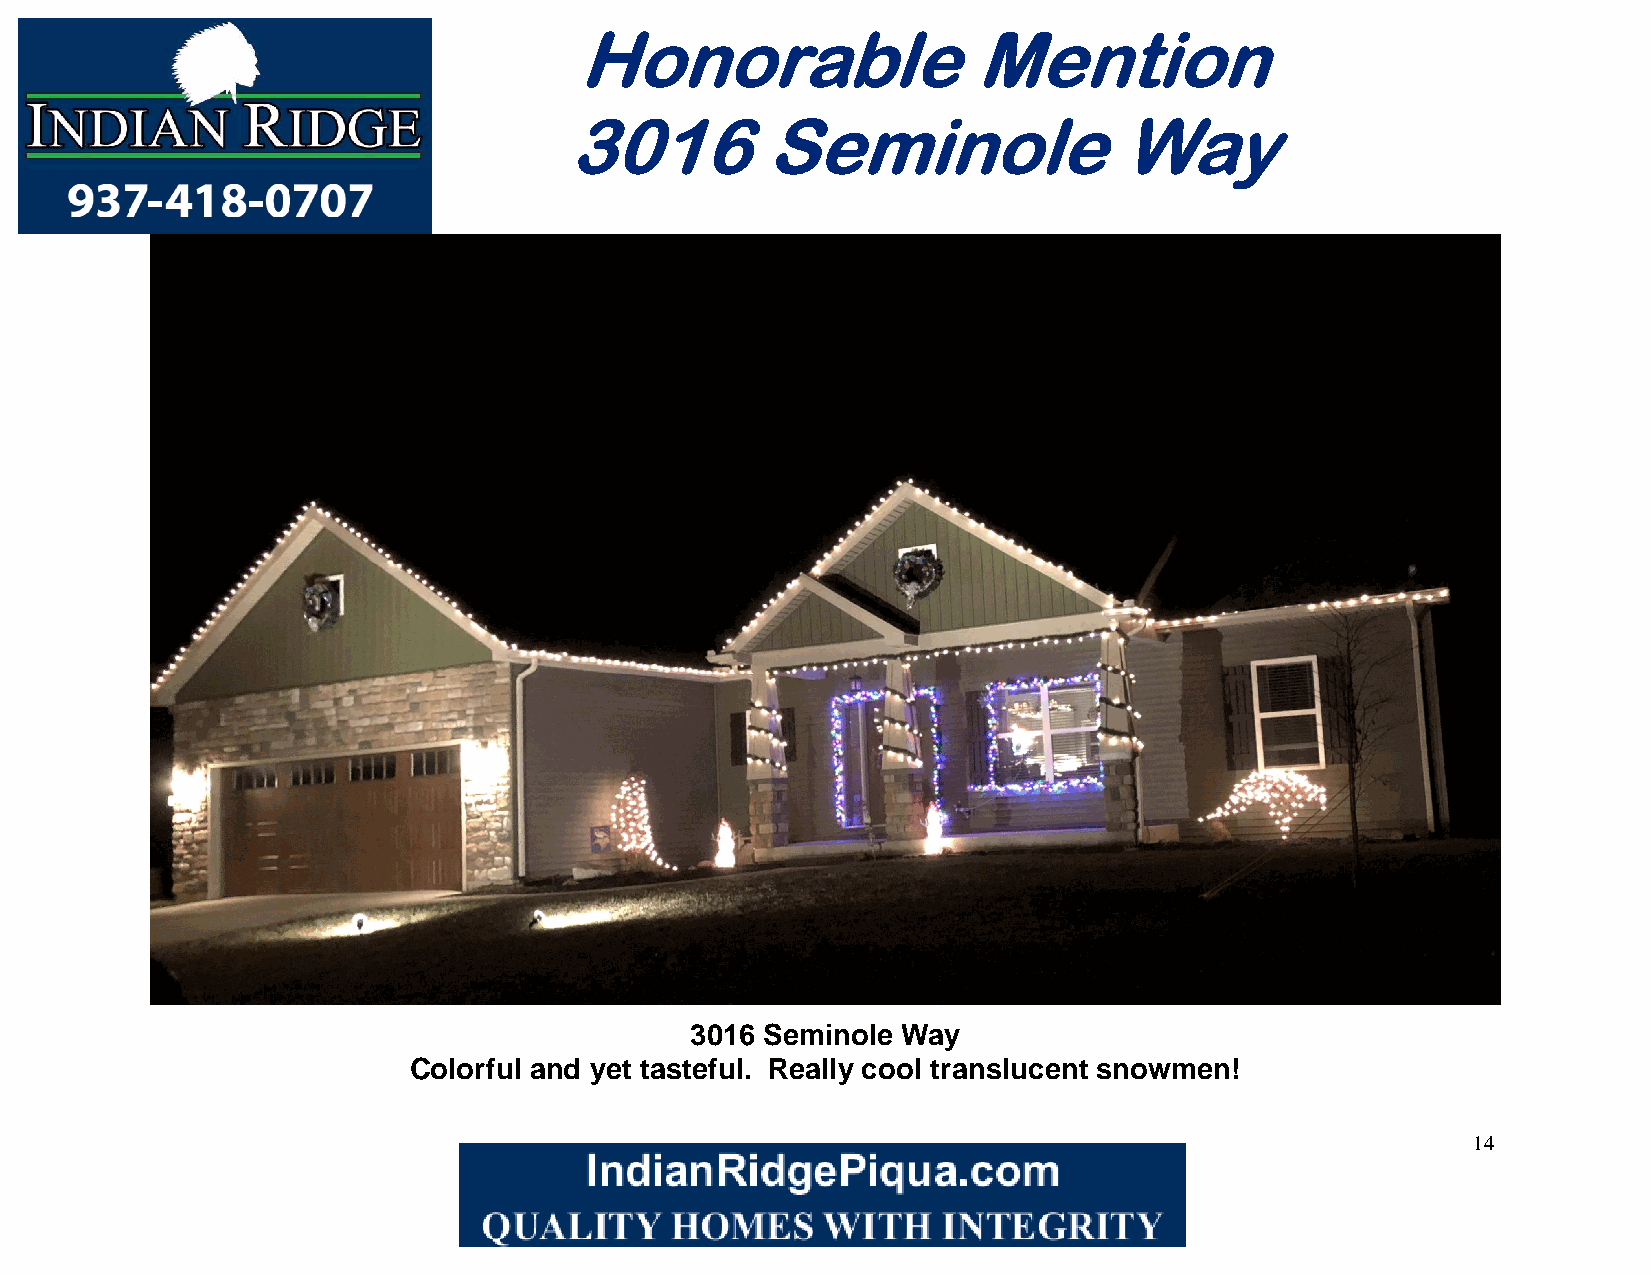
Honorable                 Mention
 3016         Seminole                Way
 3016 Seminole Way
 Colorful and yet tasteful. Really cool translucent snowmen!
 14